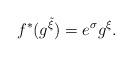
LaTeX: \begin{align*}f^{\ast }(g^{\tilde{\xi}})=e^{\sigma }g^{\xi }. \end{align*}